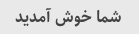
شما خوش آمدید